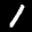
Label: 1